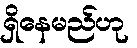
ရှိနေမည်ဟု